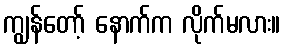
ကျွန်တော့် နောက်က လိုက်မလား။